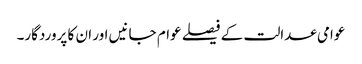
عوامی عدالت کے فیصلے عوام جانیں اور ان کا پروردگار۔